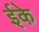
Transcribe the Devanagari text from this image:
ईके